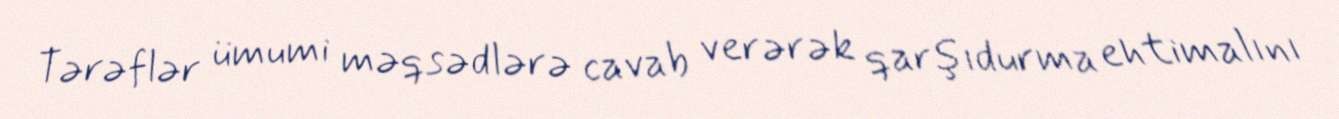
Tərəflər ümumi məqsədlərə cavab verərək qarşıdurma ehtimalını